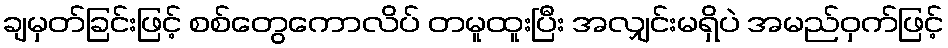
ချမှတ်ခြင်းဖြင့် စစ်တွေကောလိပ် တမူထူးပြီး အလျှင်းမရှိပဲ အမည်ဝှက်ဖြင့်